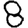
Digit: 8